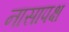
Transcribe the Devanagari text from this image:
नासापक्ष